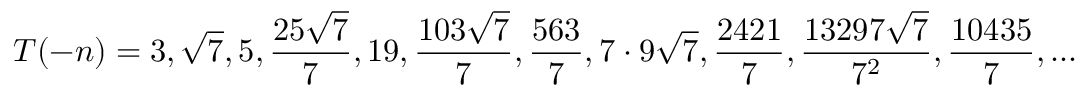
T ( - n ) = 3 , { \sqrt { 7 } } , 5 , { \frac { 2 5 { \sqrt { 7 } } } { 7 } } , 1 9 , { \frac { 1 0 3 { \sqrt { 7 } } } { 7 } } , { \frac { 5 6 3 } { 7 } } , 7 \cdot 9 { \sqrt { 7 } } , { \frac { 2 4 2 1 } { 7 } } , { \frac { 1 3 2 9 7 { \sqrt { 7 } } } { 7 ^ { 2 } } } , { \frac { 1 0 4 3 5 } { 7 } } , . . .